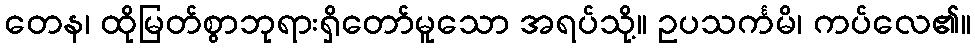
တေန၊ ထိုမြတ်စွာဘုရားရှိတော်မူသော အရပ်သို့။ ဥပသင်္ကမိ၊ ကပ်လေ၏။